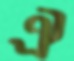
ঐ